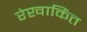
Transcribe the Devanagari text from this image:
रेखाकिंत